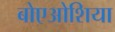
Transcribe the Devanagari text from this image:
बोएओशिया